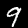
Label: 9